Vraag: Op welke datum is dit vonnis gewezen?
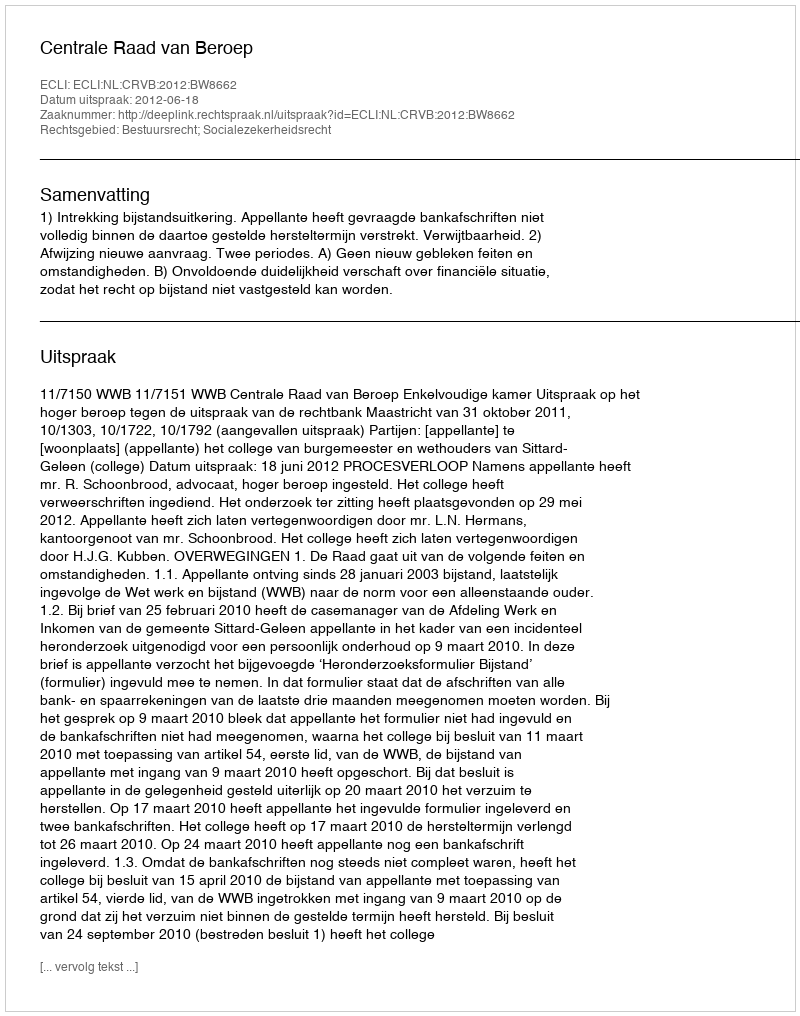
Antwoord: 2012-06-18